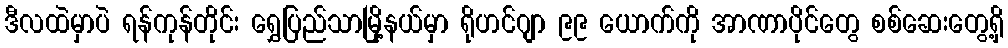
ဒီလထဲမှာပဲ ရန်ကုန်တိုင်း ရွှေပြည်သာမြို့နယ်မှာ ရိုဟင်ဂျာ ၉၉ ယောက်ကို အာဏာပိုင်တွေ စစ်ဆေးတွေ့ရှိ